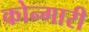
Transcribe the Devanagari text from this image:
कोन्गारी